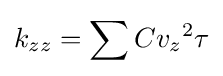
k_{zz}=\sum C{v_{z}}^{2}\tau